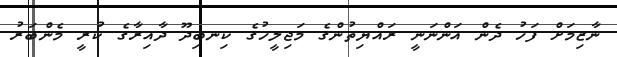
ނާޒިމަށް ފަހު ދެން އަންނަނީ ރައްޔިތުންގެ މަޖިލީހުގެ ކިނބިދޫ ދާއިރާގެ ކުރީ މެންބަރު